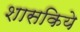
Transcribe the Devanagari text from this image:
शासकिये